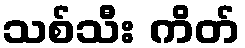
သစ်သီး ကိတ်